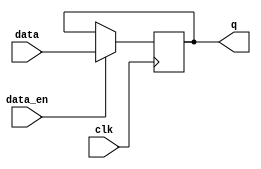
module data_enable_latch (
    input clk,
    input data_en,
    input data,
    output reg q
);

always @(posedge clk) begin
    if (data_en) begin
        q <= data;
    end
end

endmodule